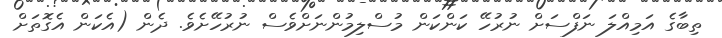
ތިބާގެ އަމިއްލަ ނަފްސަށް ނުރުހޭ ކަންކަން މުސްލިމުންނަށްވެސް ނުރުހޭށެވެ. ދެން (އެކަން އެގޮތަށް